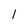
Character: 1